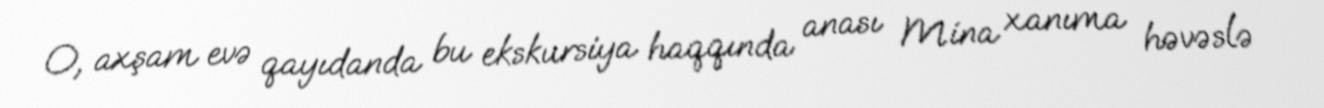
O, axşam evə qayıdanda bu ekskursiya haqqında anası Mina xanıma həvəslə